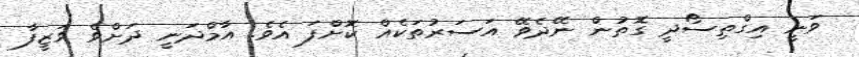
ވަނީ އިގްތިސޯދީ ގޮތުން ނޭދެވޭ އަސަރުތަކެއް ކޮށްފަ އެވެ. އާމްދަނީ ދަށްވެ ވަޒީފާ